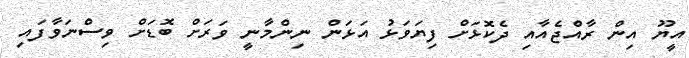
އީޔޫ އިން ރާއްޖެއާއި ދެކޮޅަށް ފިޔަވަޅު އަޅަން ނިންމާނީ ވަރަށް ބޮޑަށް ވިސްނަވާފައި